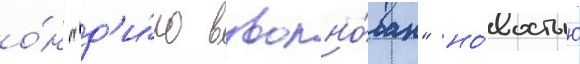
о́н "д'и́ко взволно́ван" но́востью